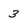
Character: 3